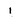
Character: 1